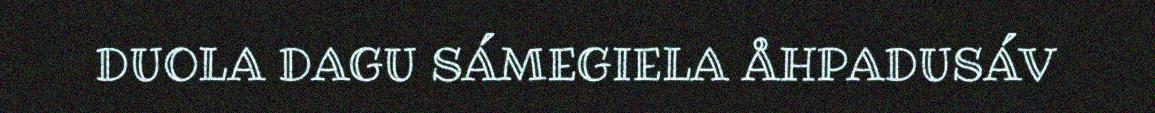
DUOLA DAGU SÁMEGIELA ÅHPADUSÁV